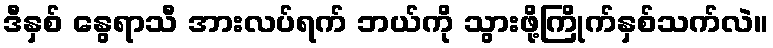
ဒီနှစ် နွေရာသီ အားလပ်ရက် ဘယ်ကို သွားဖို့ကြိုက်နှစ်သက်လဲ။